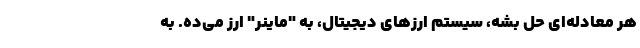
هر معادله­ای حل بشه، سیستم ارزهای دیجیتال، به "ماینر" ارز می­ده. به